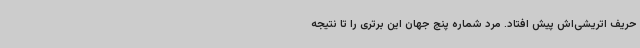
حریف اتریشی‌اش پیش افتاد. مرد شماره پنج جهان این برتری را تا نتیجه